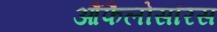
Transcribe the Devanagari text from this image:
आैंफैलोसॉरस